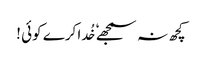
کچھ نہ سمجھے ٗ خُدا کرے کوئی !